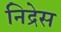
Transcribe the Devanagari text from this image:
निद्रेस